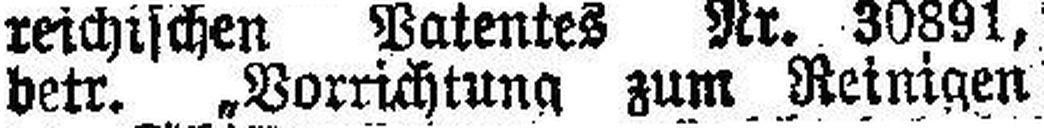
betr. „Vorrichtung zum Reinigen